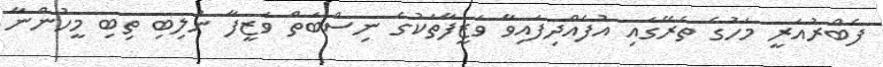
ފެބްރުއަރީ މަހުގެ ތެރޭގައި އުފެއްދިފައިވާ ވަޒީފާތަކުގެ ނިސްބަތް ވަޒީފާ ނުލިބި ތިބި މީހުންނާ